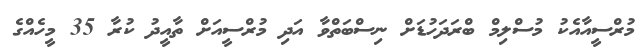
މުރްސީއާއެކު މުސްލިމް ބްރަދަހުޑަށް ނިސްބަތްވާ އަދި މުރްސީއަށް ތާއީދު ކުރާ 35 މީހެއްގެ